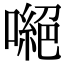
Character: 𠾼